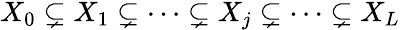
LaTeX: \begin{array}{r}{X_{0}\subsetneq X_{1}\subsetneq\cdots\subsetneq X_{j}\subsetneq\cdots\subsetneq X_{L}}\end{array}